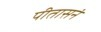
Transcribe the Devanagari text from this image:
पीतासनं